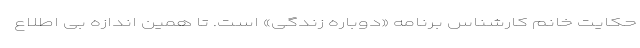
حکایت خانم کارشناس برنامه «دوباره زندگی» است. تا همین اندازه بی اطلاع